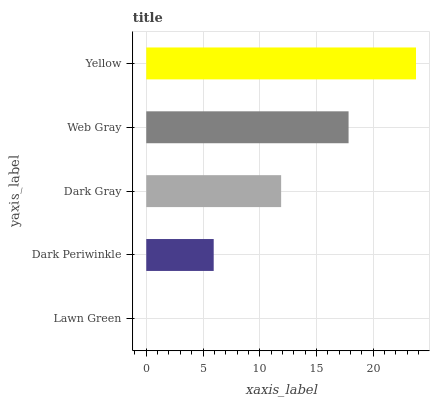
| yaxis_label | bars |
 | --- | --- |
 | Lawn Green | 0 |
 | Dark Periwinkle | 5.94 |
 | Dark Gray | 11.9 |
 | Web Gray | 17.8 |
 | Yellow | 23.8 |